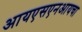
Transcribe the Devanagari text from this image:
आयएसएनआयचा